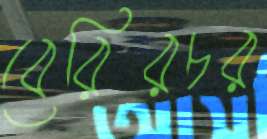
বেরিরচর